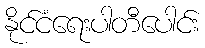
နိုင်ငံရေးပါတီပေါင်း